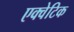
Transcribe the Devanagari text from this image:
एक्वेटिक